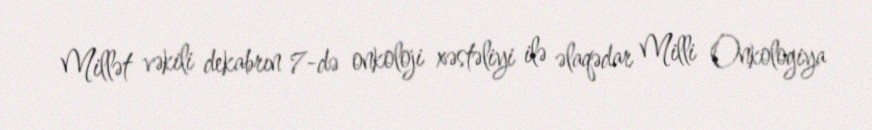
Millət vəkili dekabrın 7-də onkoloji xəstəliyi ilə əlaqədar Milli Onkologiya